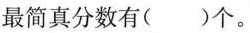
最简真分数有()个。